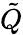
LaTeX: \tilde{Q}